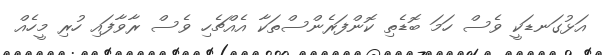
އަޅުގަނޑަކީ ވެސް ހަމަ ބޮޑެތި ކޮންފަރެންސްތަކާ އެއްޗެހި ވެސް ރާވާފައި ހުރި މީހެއް